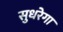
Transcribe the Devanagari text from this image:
सुधरेगा